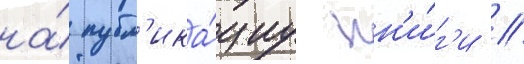
на́ публ'ика́циу кн'и́г'и //